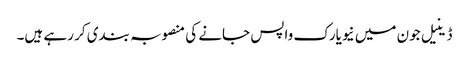
ڈینیل جون میں نیویارک واپس جانے کی منصوبہ بندی کر رہے ہیں۔